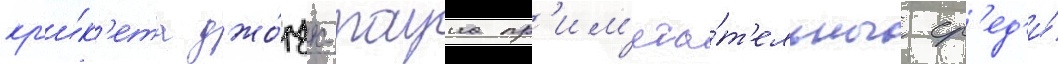
кр'и́к'ета джо́рдж-тауна пр'им'еча́т'ельны ср'ед'и́